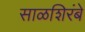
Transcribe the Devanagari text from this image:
साळशिरंबे